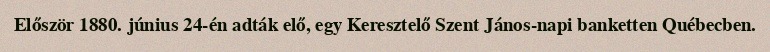
Először 1880. június 24-én adták elő, egy Keresztelő Szent János-napi banketten Québecben.